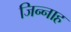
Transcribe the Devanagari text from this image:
जिन्‍नाह